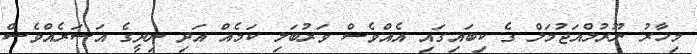
މިހާރު ނޫރުލްއަޖުމަލް ގެ ކިބައިގައި އެއްވެސް ވަރުބަލި ކަމެއް އަދި ނިދީގެ އަސަރެއްވެސް